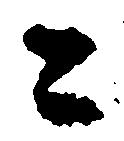
と